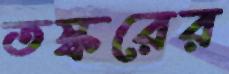
তস্করের